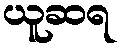
ယူဆရ